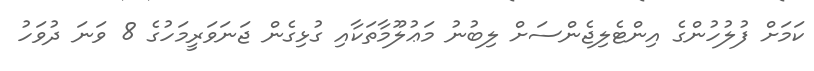
ކަމަށް ފުލުހުންގެ އިންޓެލިޖެންސަށް ލިބުނު މަޢުލޫމާތަކާއި ގުޅިގެން ޖަނަވަރީމަހުގެ 8 ވަނަ ދުވަހުު